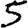
Digit: 5